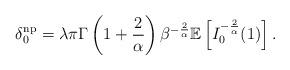
LaTeX: \begin{align*}\delta^{\textrm{np}}_0=\lambda\pi\Gamma\left(1+\frac{2}{\alpha}\right)\beta^{-\frac{2}{\alpha}}\mathbb{E}\left[I_0^{-\frac{2}{\alpha}}(1)\right].\end{align*}